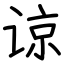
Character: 谅